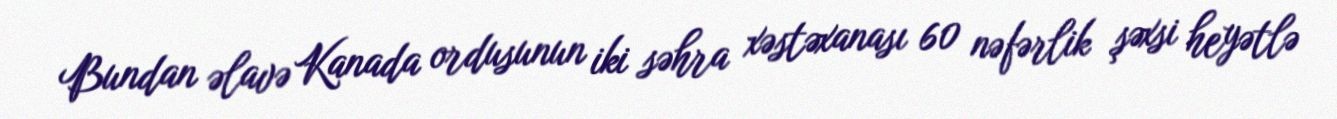
Bundan əlavə Kanada ordusunun iki səhra xəstəxanası 60 nəfərlik şəxsi heyətlə